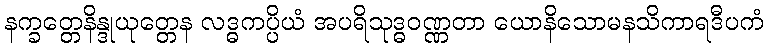
နက္ခတ္တေနိန္ဒုယုတ္တေန လဒ္ဓကပ္ပိယံ အပရိသုဒ္ဓဝဏ္ဏတာ ယောနိသောမနသိကာရဒီပကံ